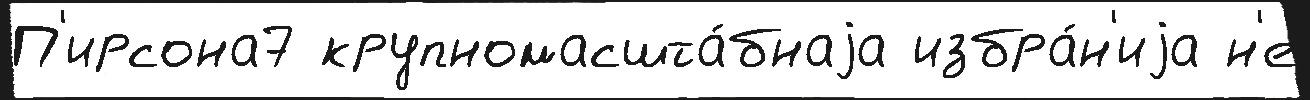
П'ирсона7 крупномасшта́бнаjа избра́н'иjа н'е